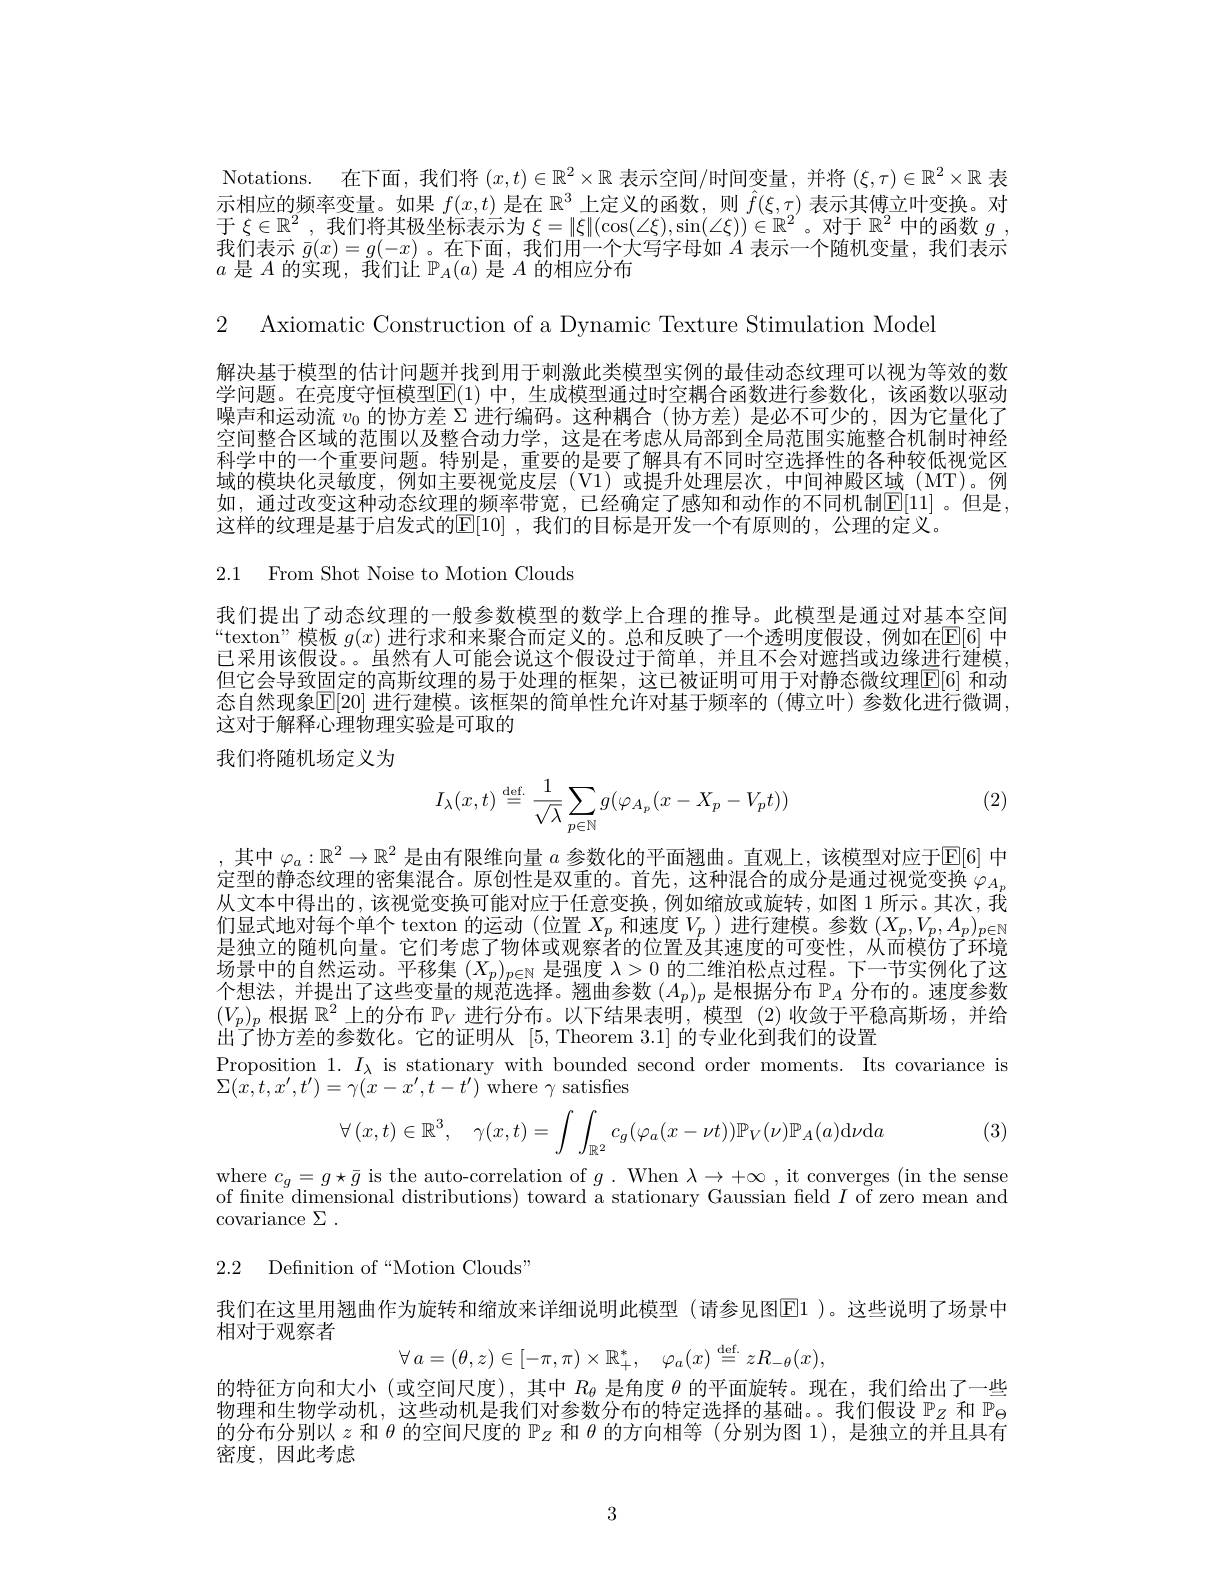
Notations. 在下面，我们将$(x,t)\in\mathbb{R}^2\times\mathbb{R}$表示空间/时间变量，并将$(\xi,\tau)\in\mathbb{R}^2\times\mathbb{R}$表示相应的频率变量。如果$f(x,t)$是在$\mathbb{R}^3$上定义的函数，则$\hat{f}(\xi,\tau)$表示其傅立叶变换。对于$\xi\in\mathbb{R}^2$,我们将其极坐标表示为$\xi=\|\xi\|(\cos(\angle\xi),\sin(\angle\xi))\in\mathbb{R}^2$ 。对于$\mathbb{R}^2$中的函数$g$, 我们表示$\bar{g}(x)=g(-x)$ 。在下面，我们用一个大写字母如$A$表示一个随机变量，我们表示$a$是$A$的实现，我们让$\mathbb{P}_A(a)$是$A$的相应分布

2 Axiomatic Construction of a Dynamic Texture Stimulation Model

解决基于模型的估计问题并找到用于刺激此类模型实例的最佳动态纹理可以视为等效的数学问题。在亮度守恒模型$\mathsf{E}(1)$ 中，生成模型通过时空耦合函数进行参数化，该函数以驱动噪声和运动流$v_0$的协方差$\Sigma$进行编码。这种耦合 (协方差)是必不可少的，因为它量化了空间整合区域的范围以及整合动力学，这是在考虑从局部到全局范围实施整合机制时神经科学中的一个重要问题。特别是，重要的是要了解具有不同时空选择性的各种较低视觉区域的模块化灵敏度，例如主要视觉皮层(V1)或提升处理层次，中间神殿区域(MT)。例如，通过改变这种动态纹理的频率带宽，已经确定了感知和动作的不同机制E[11]。但是， 这样的纹理是基于启发式的$\mathbb{E}[10]$ ,我们的目标是开发一个有原则的 ,公理的定义。

2.1 From Shot Noise to Motion Clouds

我们提出了动态纹理的一般参数模型的数学上合理的推导。此模型是通过对基本空间“texton”模板$g(x)$进行求和来聚合而定义的。总和反映了一个透明度假设，例如在$\mathbb{E}[6]$中已采用该假设。。虽然有人可能会说这个假设讨干简单、并且不会对遮挡或边缘开行律模但它会导致固定的高斯纹理的易于处理的框架，这已被证明可用于对静态微纹理$\mathbb{E}[6]$ 和动态自然现象$\mathbb{E}[20]$ 进行建模。该框架的简单性允许对基于频率的 (傅立叶)参数化进行微调， 这对于解释心理物理实验是可取的

我们将随机场定义为

(2)
$$I_\lambda(x,t)\stackrel{\text{def.}}{=}\frac{1}{\sqrt{\lambda}}\sum_{p\in\mathbb{N}}g(\varphi_{A_p}(x-X_p-V_pt))$$
,其中$\varphi_a:\mathbb{R}^2\to\mathbb{R}^2$是由有限维向量$a$参数化的平面翘曲。直观上，该模型对应于$\mathbb{E}[6]$中定型的静态纹理的密集混合。原创性是双重的。首先，这种混合的成分是通过视觉变换$\varphi_{A_p}$ 从文本中得出的，该视觉变换可能对应于任意变换，例如缩放或旋转，如图 1 所示。其次，我们显式地对每个单个 texton 的运动(位置$X_p$ 和 速 度 $V_p)$进行建模。参数$(X_p,V_p,A_p)_{p\in\mathbb{N}}$ 是独立的随机向量。它们考虑了物体或观察者的位置及其速度的可变性，从而模仿了环境场景中的自然运动。平移集$(X_p)_{p\in\mathbb{N}}$是强度$\lambda>0$的二维泊松点过程。下一节实例化了这个想法，并提出了这些变量的规范选择。翘曲参数$(A_p)_p$是根据分布$\mathbb{P}_A$分布的。速度参数$(V_p)_p$根据$\mathbb{R}^2$上的分布$\mathbb{P}_V$进行分布。以下结果表明，模型(2)收敛于平稳高斯场，并给出了协方差的参数化。它的证明从[5, Theorem 3.1]的专业化到我们的设置
Proposition 1. $I_\lambda$ is stationary with bounded second order moments. Its covariance is
$\Sigma(\dot{x,t},x^{\prime},t^{\prime})=\gamma(x-x^{\prime},t-t^{\prime})$where $\gamma$ satisfies
$$\forall\left(x,t\right)\in\mathbb{R}^{3},\quad\gamma(x,t)=\int\int_{\mathbb{R}^{2}}c_{g}(\varphi_{a}(x-\nu t))\mathbb{P}_{V}(\nu)\mathbb{P}_{A}(a)\mathrm d\nu\mathrm da$$
(3)

$\begin{array}{l}\mathrm{where~}c_{g}=g\star\bar{g}\text{ is the auto-correlation of }g.\mathrm{~When~}\lambda\to+\infty\mathrm{~,~it~converges~(in~the~sense}\\\mathrm{of~finite~dimensional~distributions)~toward~a~stationary~Gaussian~field~}I\mathrm{~of~zero~mean~and}\end{array}$
covariance $\Sigma$ .

2.2 Defnition of“Motion Clouds”

我们在这里用翘曲作为旋转和缩放来详细说明此模型(请参见图E1 )。这些说明了场景中
相对于观察者
$$\forall\:a=(\theta,z)\in[-\pi,\pi)\times\mathbb{R}_{+}^{*},\quad\varphi_{a}(x)\stackrel{\mathrm{def.}}{=}zR_{-\theta}(x),$$
的特征方向和大小(或空间尺度),其中$R_{\theta}$是角度$\theta$的平面旋转。现在，我们给出了一些物理和生物学动机，这些动机是我们对参数分布的特定选择的基础。我们假设$\mathbb{P}_z$和$\mathbb{P}_\Theta$ 的分布分别以$z$和$\theta$的空间尺度的$\mathbb{P}_Z$和$\theta$的方向相等 (分别为图 1),是独立的并且具有密度，因此考虑

3